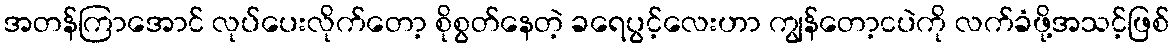
အတန်ကြာအောင် လုပ်ပေးလိုက်တော့ စိုစွတ်နေတဲ့ ခရေပွင့်လေးဟာ ကျွန်တော့ငပဲကို လက်ခံဖို့အသင့်ဖြစ်